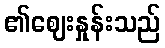
၏ဈေးနှုန်းသည်